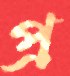
প্র